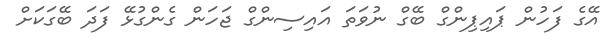
އޭގެ ފަހުން ޕައިޕިންގް ބޭގް ނުވަތަ އައިސިންގް ޖަހަން ގެންގުޅޭ ފަދަ ބޭގަކަށް